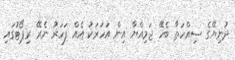
ދުނިޔޭގެ ސިއްހަތާ ބެހޭ ޖަމިއްޔާ އިން އަހަރަކު އެއް ފަހަރު ނެރޭ ރިޕޯޓުގައި